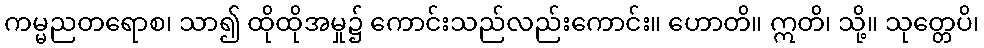
ကမ္မညတရောစ၊ သာ၍ ထိုထိုအမှု၌ ကောင်းသည်လည်းကောင်း။ ဟောတိ။ ဣတိ၊ သို့။ သုတ္တေပိ၊